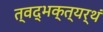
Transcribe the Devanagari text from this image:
त्वद्भक्त्यर्थं